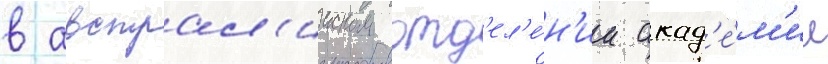
в австрал'ииском отд'ел'е́н'ии акад'е́м'ии